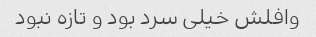
وافلش خیلی سرد بود و تازه نبود